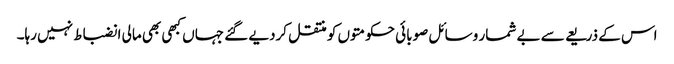
اس کے ذریعے سے بے شمار وسائل صوبائی حکومتوں کو منتقل کردیے گئے جہاں کبھی بھی مالی انضباط نہیں رہا۔